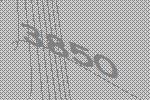
3850